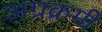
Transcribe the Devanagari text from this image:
अग्रक्रमी